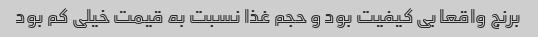
برنج واقعا بی کیفیت بود و حجم غذا نسبت به قیمت خیلی کم بود